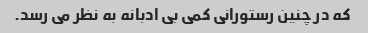
که در چنین رستورانی کمی بی ادبانه به نظر می رسد.